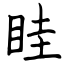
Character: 眭